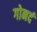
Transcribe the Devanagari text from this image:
गोनदं